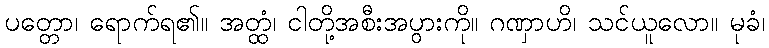
ပတ္တော၊ ရောက်ရ၏။ အတ္ထံ၊ ငါတို့အစီးအပွားကို။ ဂဏှာဟိ၊ သင်ယူလော။ မုခံ၊